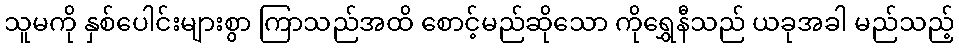
သူမကို နှစ်ပေါင်းများစွာ ကြာသည်အထိ စောင့်မည်ဆိုသော ကိုရွှေနီသည် ယခုအခါ မည်သည့်